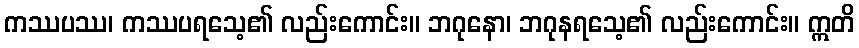
ကဿပဿ၊ ကဿပရသေ့၏ လည်းကောင်း။ ဘဂုနော၊ ဘဂုနရသေ့၏ လည်းကောင်း။ ဣတိ